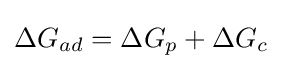
\Delta G_{ad}=\Delta G_{p}+\Delta G_{c}